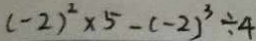
( - 2 ) ^ { 2 } \times 5 - ( - 2 ) ^ { 3 } \div 4